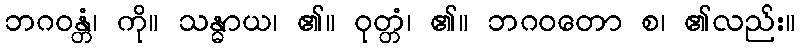
ဘဂဝန္တံ၊ ကို။ သန္ဓာယ၊ ၏။ ဝုတ္တံ၊ ၏။ ဘဂဝတော စ၊ ၏လည်း။